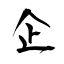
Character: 企